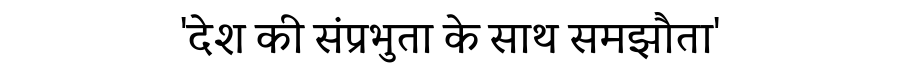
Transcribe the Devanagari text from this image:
'देश की संप्रभुता के साथ समझौता'